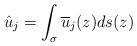
LaTeX: \begin{align*} \hat{u}_j = \int_{\sigma} \overline{u}_j(z) ds(z)\end{align*}